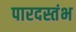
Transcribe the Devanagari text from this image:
पारदस्तंभ